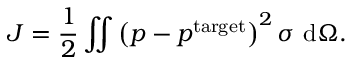
J = \frac { 1 } { 2 } \iint \left( p - p ^ { \mathrm { t a r g e t } } \right) ^ { 2 } \sigma ~ \mathrm d \Omega .